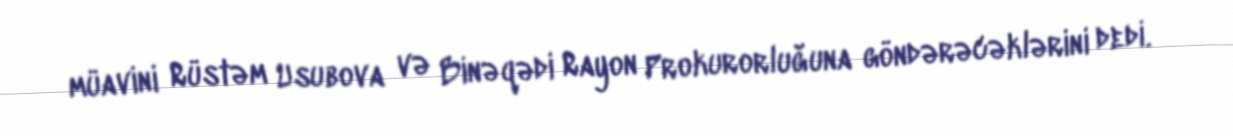
müavini Rüstəm Usubova və Binəqədi Rayon Prokurorluğuna göndərəcəklərini dedi.